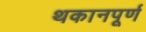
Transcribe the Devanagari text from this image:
थकानपूर्ण